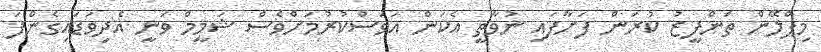
މިޕްލޭން ތަންފީޒު ކުރަން ފަށާފައި ނުވާތީ އެކަން އަވަސްކުރުމަށްވެސް ޝަމީމް ވަނީ އެދިވަޑައިގެންފަ